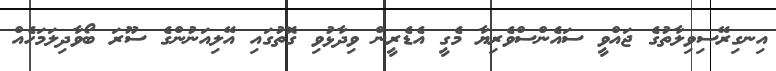
އިނގިރޭސިވިލާތުގެ ޖައްވީ ސައެންސްވެރިޔާ މެގީ އެޑެރީން ވިދާޅުވި ގޮތުގައި އޭލިއަނުންގެ ސޫރަ ބޯވާދިލަމަހެއް